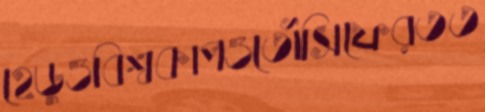
হেডুওবিশ্বকাপওতৌসিফেরতত